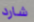
شارد